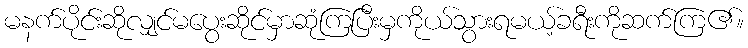
မနက်ပိုင်းဆိုလျှင်မပွေးဆိုင်မှာဆုံကြပြီးမှကိုယ်သွားရမယ့်ခရီးကိုဆက်ကြ၏။